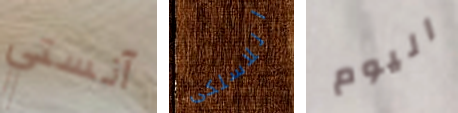
آنستي اللاسلكى اليوم